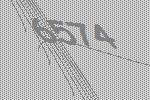
6574